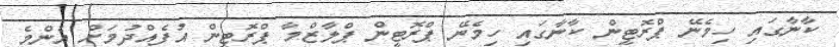
ކާނާގައި ހިމެނޭ ޕްރޮޓީން ކާނާގައި ހިމެނޭ ޕްރޮޓީން ޕްލާޒްމާ ޕްރޮޓީން އުފެއްދުމަށް އެންމެ